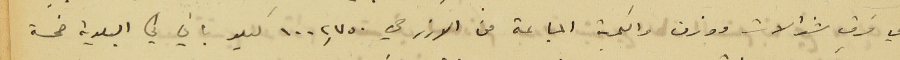
هي فرق شوالات ووزن والكمية المباعة من الارز هي ١٠٠٢,٧٥٠ كيلو باقي في البلدية خمسة